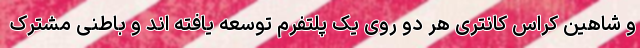
و شاهین کراس کانتری هر دو روی یک پلتفرم توسعه یافته اند و باطنی مشترک